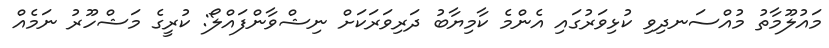
މައުލޫމާތު މުއްސަނދިވި ކުޅިވަރުގައި އެންމެ ކާމިޔާބު ދަރިވަރަކަށް ނިޝްވާންފައްލޯ: ކުރީގެ މަޝްހޫރު ނަމެއް